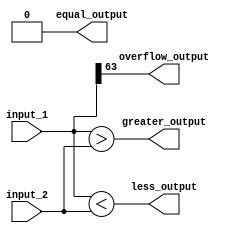
module comparator_64bit (
    input [63:0] input_1,
    input [63:0] input_2,
    output equal_output,
    output greater_output,
    output less_output,
    output overflow_output
);

wire [63:0] equal_outputs;
wire [63:0] greater_outputs;
wire [63:0] less_outputs;
wire [1:0] overflow_signals;

// bitwise equality check
assign equal_outputs = (input_1 == input_2);

// bitwise greater than check
assign greater_outputs = (input_1 > input_2);

// bitwise less than check
assign less_outputs = (input_1 < input_2);

// detect overflow condition in signed comparison
assign overflow_signals[0] = input_1[63] ^ input_2[63] & greater_outputs[63];
assign overflow_signals[1] = ~ (input_1[63] ^ input_2[63]) & less_outputs[63];

assign equal_output = &equal_outputs;
assign greater_output = |greater_outputs;
assign less_output = |less_outputs;
assign overflow_output = |overflow_signals;

endmodule